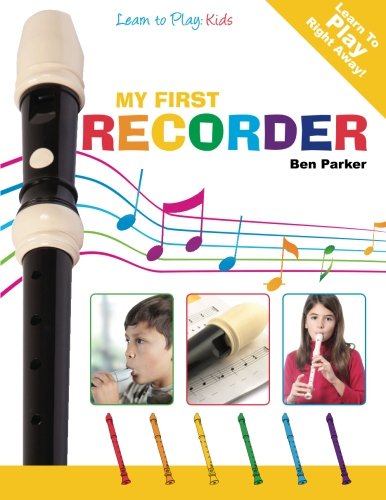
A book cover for My First Recorder: Learn To Play: Kids; Ben Parker; Children's Books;